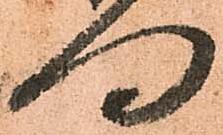
向